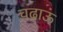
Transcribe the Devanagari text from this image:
चढ़ाऊं